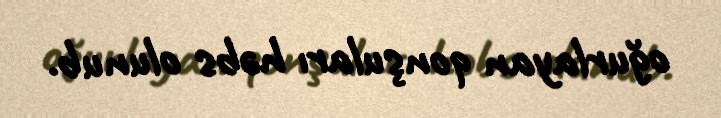
oğurlayan qonşuları həbs olunub.